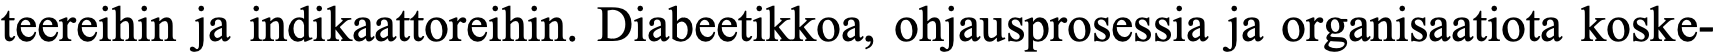
teereihin ja indikaattoreihin. Diabeetikkoa, ohjausprosessia ja organisaatiota koske-